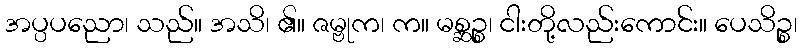
အပ္ပပညော၊ သည်။ အသိ၊ ၏။ ဇမ္ဗုက၊ က။ မစ္ဆဉ္စ၊ ငါးတို့လည်းကောင်း။ ပေသိဉ္စ၊